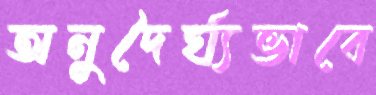
অনুদৈর্ঘ্যভাবে